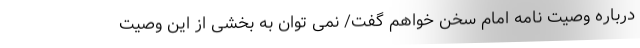
درباره وصیت نامه امام سخن خواهم گفت/ نمی توان به بخشی از این وصیت